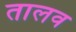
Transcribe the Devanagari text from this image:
तालव